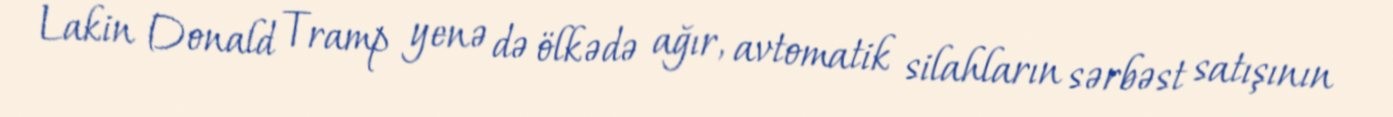
Lakin Donald Tramp yenə də ölkədə ağır, avtomatik silahların sərbəst satışının